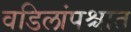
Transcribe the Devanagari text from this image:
वडिलांपश्चात